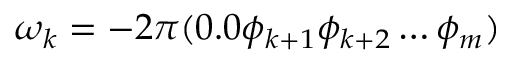
\omega _ { k } = - 2 \pi ( 0 . 0 \phi _ { k + 1 } \phi _ { k + 2 } \ldots \phi _ { m } )